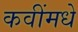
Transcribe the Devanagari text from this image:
कवींमधे